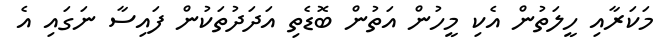
މަކަރާއި ހީލަތުން އެކި މީހުން އަތުން ބޮޑެތި އަދަދުތަކުން ފައިސާ ނަގައި އެ